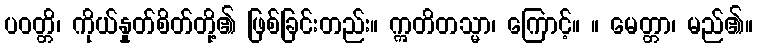
ပဝတ္တိ၊ ကိုယ်နှုတ်စိတ်တို့၏ ဖြစ်ခြင်းတည်း။ ဣတိတသ္မာ၊ ကြောင့်။ ။ မေတ္တာ၊ မည်၏။